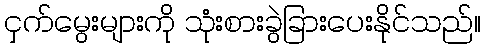
ငှက်မွေးများကို သုံးစားခွဲခြားပေးနိုင်သည်။